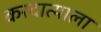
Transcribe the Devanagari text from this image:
करदात्याला